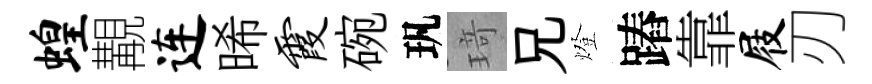
蝗覯连晞霞碗㺬𤦺兄燈蹖靠屐刃